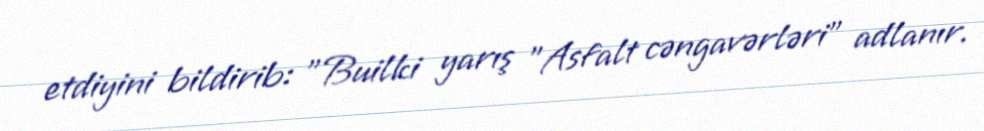
etdiyini bildirib: "Builki yarış "Asfalt cəngavərləri" adlanır.